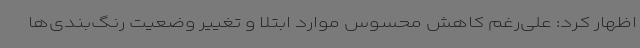
اظهار کرد: علی‌رغم کاهش محسوس موارد ابتلا و تغییر وضعیت رنگ‌بندی‌ها